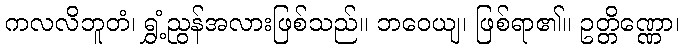
ကလလိဘူတံ၊ ရွှံ့ညွန်အလားဖြစ်သည်။ ဘဝေယျ၊ ဖြစ်ရာ၏။ ဥတ္တိဏ္ဏော၊